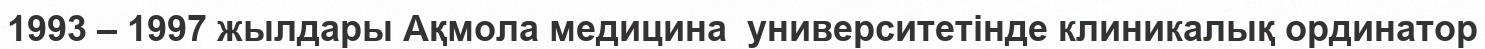
1993 – 1997 жылдары Ақмола медицина  университетінде клиникалық ординатор